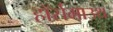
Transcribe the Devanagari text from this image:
हॉर्समाउथ